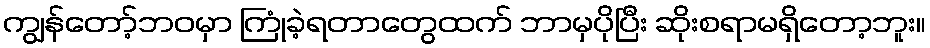
ကျွန်တော့်ဘဝမှာ ကြုံခဲ့ရတာတွေထက် ဘာမှပိုပြီး ဆိုးစရာမရှိတော့ဘူး။